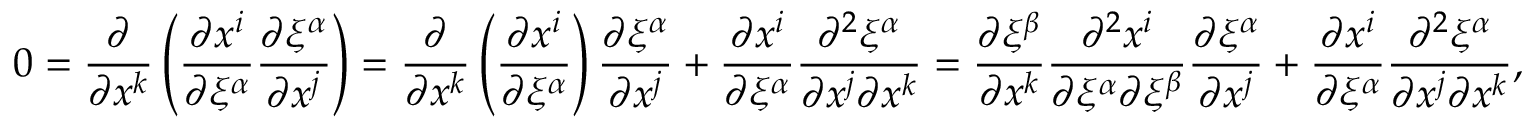
0 = \frac { \partial } { \partial x ^ { k } } \left( \frac { \partial x ^ { i } } { \partial \xi ^ { \alpha } } \frac { \partial \xi ^ { \alpha } } { \partial x ^ { j } } \right) = \frac { \partial } { \partial x ^ { k } } \left( \frac { \partial x ^ { i } } { \partial \xi ^ { \alpha } } \right) \frac { \partial \xi ^ { \alpha } } { \partial x ^ { j } } + \frac { \partial x ^ { i } } { \partial \xi ^ { \alpha } } \frac { \partial ^ { 2 } \xi ^ { \alpha } } { \partial x ^ { j } \partial x ^ { k } } = \frac { \partial \xi ^ { \beta } } { \partial x ^ { k } } \frac { \partial ^ { 2 } x ^ { i } } { \partial \xi ^ { \alpha } \partial \xi ^ { \beta } } \frac { \partial \xi ^ { \alpha } } { \partial x ^ { j } } + \frac { \partial x ^ { i } } { \partial \xi ^ { \alpha } } \frac { \partial ^ { 2 } \xi ^ { \alpha } } { \partial x ^ { j } \partial x ^ { k } } ,